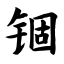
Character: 锢